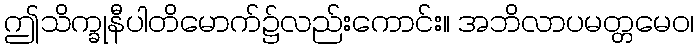
ဤသိက္ခုနီပါတိမောက်၌လည်းကောင်း။ အဘိလာပမတ္တမေဝ၊